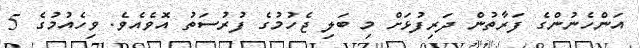
އަންހެނުންގެ ފަރާތުން ދަރިފުޅަށް މި ބަލި ޖެހުމުގެ ފުރުސަތު އޮވެއެވެ. ވިހެއުމުގެ 5